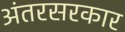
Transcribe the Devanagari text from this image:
अंतरसरकार